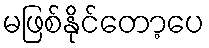
မဖြစ်နိုင်တော့ပေ